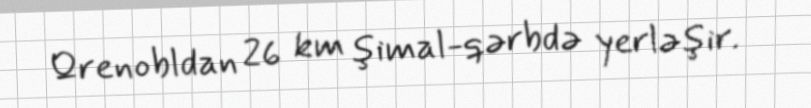
Qrenobldan 26 km şimal-qərbdə yerləşir.